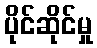
ပိုင်ဆိုင်မှု